Lunatic asylums United Prov. 1922-30 - 1922-1930
Year: 1922
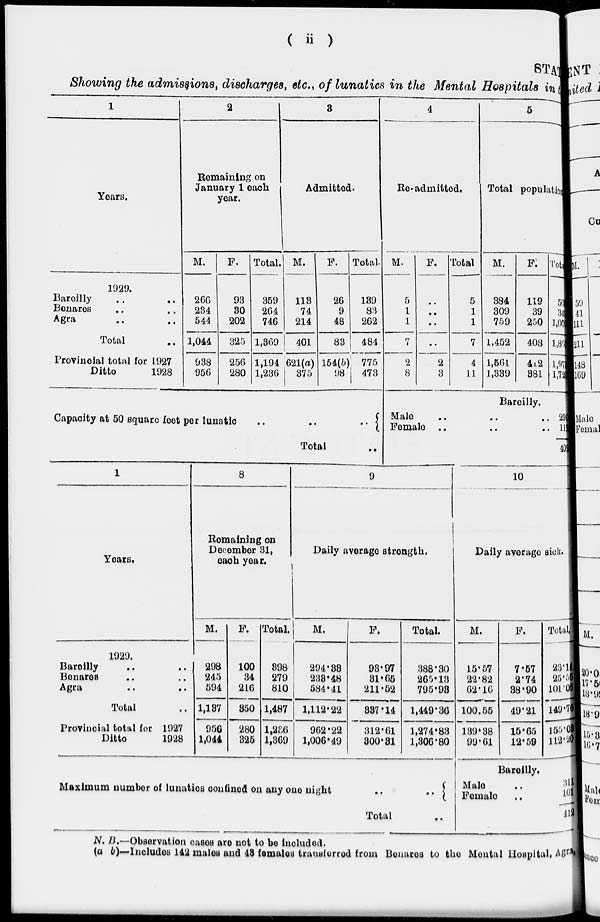
( ii )
STAT
Showing the admissions, discharges, etc., of lunatics in the Mental Hospitals in
1
Years.
1929.
Bareilly .. ..
Benares .. ..
Agra .. ..
Total ..
Provincial total for 1927
Ditto
1928
2
Remaining on
January 1 each
year.
M.
266
234
544
1,044
938
956
F.
93
30
202
325
256
280
Total.
359
264
746
1,369
1,194
1,236
3
Admitted.
M.
113
74
214
401
621(a)
375
F.
26
9
48
83
154(b)
98
Total.
139
83
262
484
775
473
Capacity at 50 square feet per lunatic
..
..
..
Total
4
Re-admitted.
M.
5
1
1
7
2
8
F.
..
..
..
..
2
3
Total
5
1
1
7
4
11
5
Total population.
M.
384
309
759
1,452
1,561
1,339
F.
119
39
250
408
412
381
Total
503
348
1,009
1,860
1,973
1,720
Bareilly.
Male .. .. ..
Female .. .. ..
290
112
402
1
Years.
1929.
Bareilly .. ..
Benares .. ..
Agra .. ..
Total ..
Provincial total for 1927
Ditto
1928
8
Remaining on
December 31,
each year.
M.
298
245
594
1,137
956
1,044
F.
100
34
216
350
280
325
Total.
398
279
810
1,487
1,236
1,369
9
Daily average strength.
M.
294.33
238.48
584.41
1,112.22
902.22
1,006.49
F.
93.97
31.65
211.52
337.14
312.61
300.31
Total.
388.30
265.13
795.93
1,449.36
1,274.83
1,306.80
Maximum number of lunatics confined on any one night
..
..
Total
10
Daily average sick.
M.
15.57
22.82
62.16
100.55
139.38
99.61
F.
7.57
2.74
38.90
49.21
15.65
12.59
Total.
23.14
25.56
101.06
149.76
155.03
112.20
Bareilly.
Male
..
Female
..
311
101
412
N. B.—Observation cases are not to be included.
(a b)—Includes 142 males and 48 females transferred from Benares to the Mental Hospital, Agra.